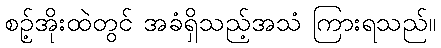
စဉ့်အိုးထဲတွင် အခံရှိသည့်အသံ ကြားရသည်။